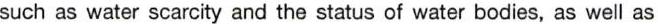
such as water scarcity and the status of water bodies, as well as